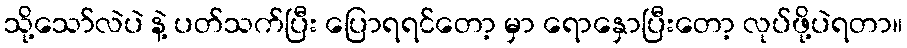
သို့သော်လဲပဲ နဲ့ ပတ်သက်ပြီး ပြောရရင်တော့ မှာ ရောနှောပြီးတော့ လုပ်ဖို့ပဲရတာ။